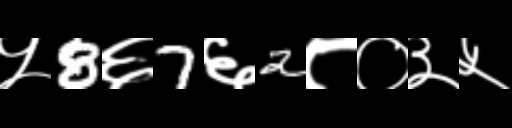
Text: ५8६7६2८०३५